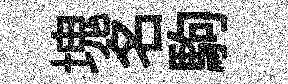
塊名駒